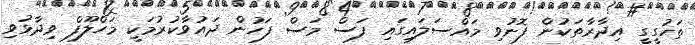
ތަހުގީގީ އިދާރާތަކުން ފޮނުވި މައްސަލައިގައި ފަސް މަސް ފަހުން ދައުވާކުރުމަކީ މަހްލޫފް ވިދާޅުވި